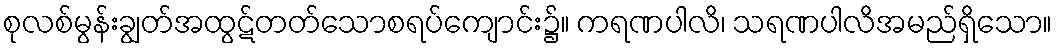
စုလစ်မွန်းချွတ်အထွဋ်တတ်သောစရပ်ကျောင်း၌။ ကရဏပါလိ၊ သရဏပါလိအမည်ရှိသော။